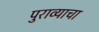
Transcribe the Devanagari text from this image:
पुराव्याचा